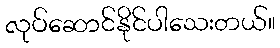
လုပ်ဆောင်နိုင်ပါသေးတယ်။